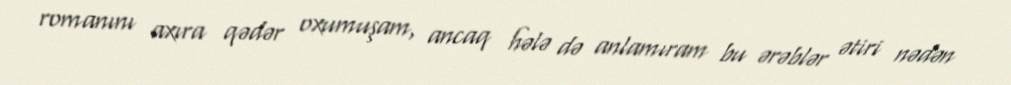
romanını axıra qədər oxumuşam, ancaq hələ də anlamıram bu ərəblər ətiri nədən